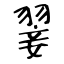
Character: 翣